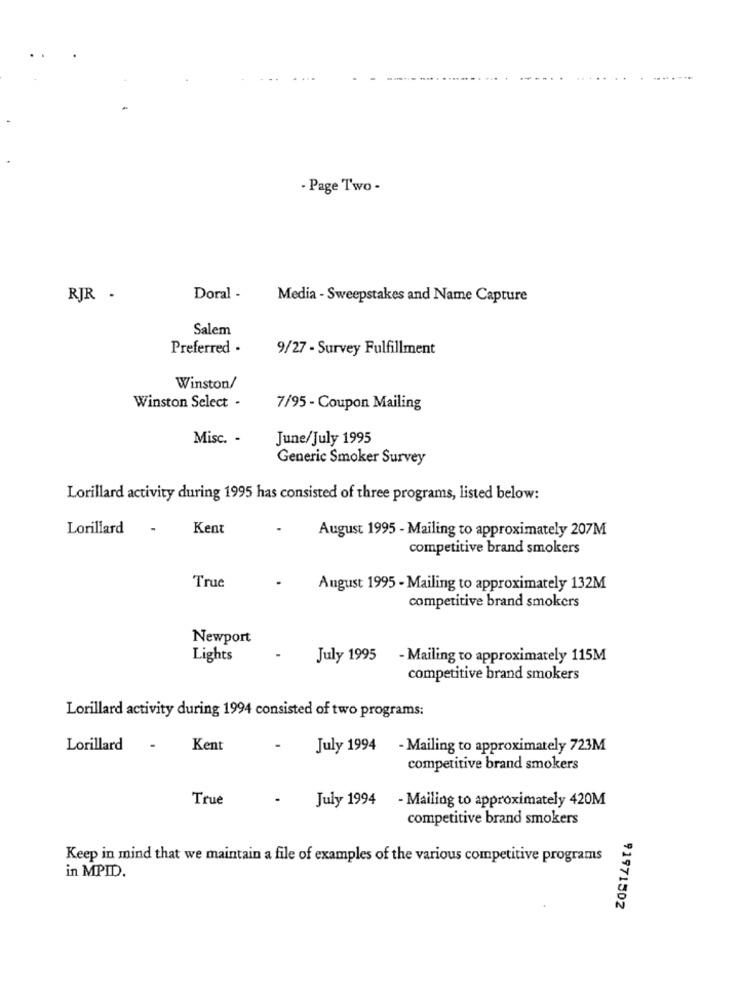
- Page Two -
RJR -
Doral -
Media - Sweepstakes and Name Capture
Salem
Preferred -
9/27 - Survey Fulfillment
Winston/
Winston Select -
7/95 - Coupon Mailing
Misc. -
June/July 1995
Generic Smoker Survey
Lorillard activity during 1995 has consisted of three programs, listed below:
Lorillard
-
Kent
August 1995 - Mailing to approximately 207M
competitive brand smokers
True
August 1995 - Mailing to approximately 132M
competitive brand smokers
Newport
Lights
July 1995 - Mailing to approximately 115M
competitive brand smokers
Lorillard activity during 1994 consisted of two programs:
Lorillard
Kent
July 1994 - Mailing to approximately 723M
competitive brand smokers
True
July 1994
- Mailing to approximately 420M
competitive brand smokers
Keep in mind that we maintain a file of examples of the various competitive programs
in MPID.
91971502